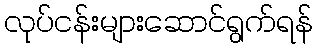
လုပ်ငန်းများဆောင်ရွက်ရန်